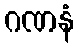
ဂဏနံ